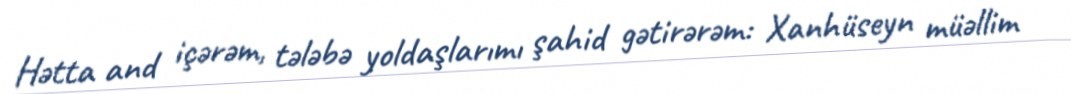
Hətta and içərəm, tələbə yoldaşlarımı şahid gətirərəm: Xanhüseyn müəllim